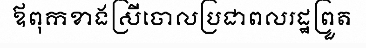
ឪពុកខាងស្រីចោលប្រជាពលរដ្ឋព្រួត